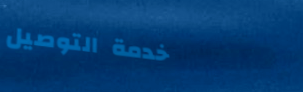
خدمة التوصيل